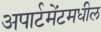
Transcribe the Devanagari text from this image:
अपार्टमेंटमधील